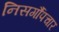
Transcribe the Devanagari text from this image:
निसर्गौपचार